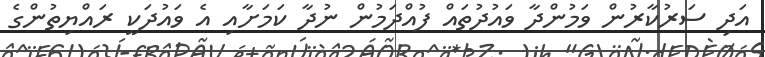
އަދި ސަރުކާރުން ވަމުންދާ ވައުދުތައް ފުއްދަމުން ނުދާ ކަމަށާއި އެ ވައުދަކީ ރައްޔިތުންގެ